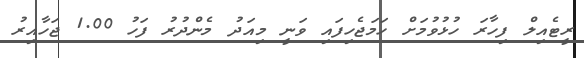
ރީޓެއިލް ފިހާރަ ހުޅުވުމަށް ހަމަޖެހިފައި ވަނީ މިއަދު މެންދުރު ފަހު 1.00 ޖަހާއިރު